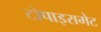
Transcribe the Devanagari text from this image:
टोपाइरामेट